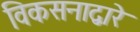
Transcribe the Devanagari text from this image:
विकसनाद्वारे